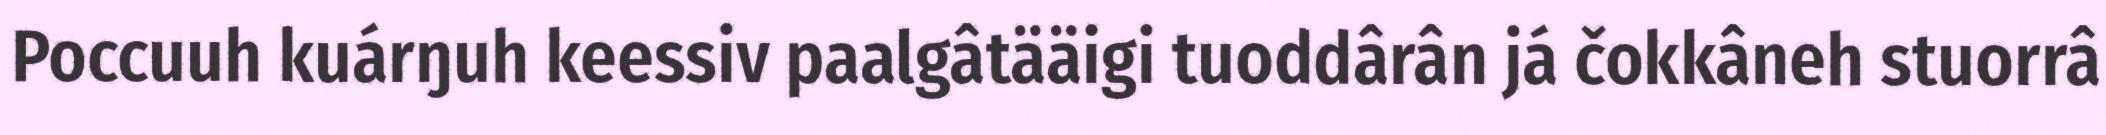
Poccuuh kuárŋuh keessiv paalgâtääigi tuoddârân já čokkâneh stuorrâ